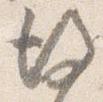
後